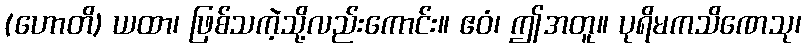
(ဟောတိ) ယထာ၊ ဖြစ်သကဲ့သို့လည်းကောင်း။ ဧဝံ၊ ဤအတူ။ ပုရိမကသိဏေသု၊